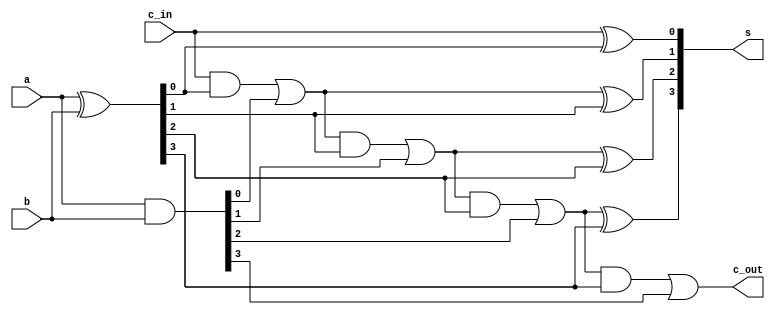
module cla(
	input [3:0] a, 
	input [3:0]b,
	input c_in,
	output [3:0] s,
	output c_out
);

wire [3:0] prop;
wire [3:0] g; 
wire [3:0] carry_o;

assign #10 g= a & b;
assign #10 prop= a ^ b;

assign #20 carry_o[0]= (c_in & prop[0]) | g[0]; //#20 delay bc 2 gates for assign statment, each w #10 delay
assign #20 carry_o[1]= (carry_o[0] & prop[1]) | g[1];
assign #20 carry_o[2]= (carry_o[1] & prop[2]) | g[2];
assign #20 carry_o[3]= (carry_o[2] & prop[3]) | g[3];

assign #10  s[0]= c_in ^ prop[0];
assign #10  s[1]= carry_o[0] ^ prop[1];
assign #10  s[2]= carry_o[1] ^ prop[2];
assign #10  s[3]= carry_o[2] ^ prop[3];
assign c_out= carry_o[3];

endmodule